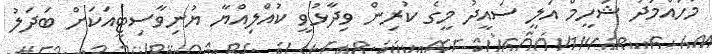
މުހައްމަދު ޝަހީމް އަލީ ސައީދު މީގެ ކުރިން ވިދާޅުވީ ކުއްލިއްޔާ ޔުނިވާސިޓީއަކަށް ބަދަލު